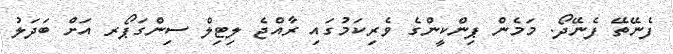
ފެނޭތޭ ފެނޭދޯ. މަމެން ޕިންކީންގެ ވެރިކަމުގައި ރާއްޖެ ލިޓިލް ސިންގަޕޯރ އަށް ބަދަލު